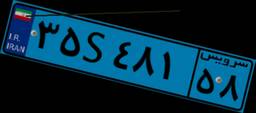
۳۵S۴۸۱۵۸